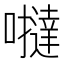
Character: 𡃿